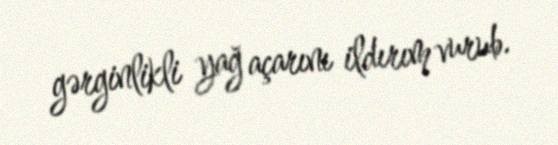
gərginlikli yağ açarını ildırım vurub.